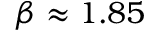
\beta \approx 1 . 8 5